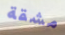
مشقة